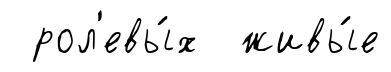
рол'евы́х живы́е